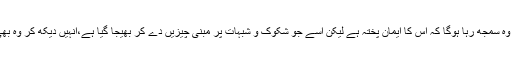
ایک انسان اس کے پاس آئے گا اور وہ سمجھ رہا ہوگا کہ اس کا ایمان پختہ ہے لیکن اسے جو شکوک و شبہات پر مبنی چیزیں دے کر بھیجا گیا ہے،انہیں دیکھ کر وہ بھی دجال کی پیروی کرنے لگے گا‘‘۔